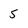
Character: 5